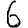
Digit: 6